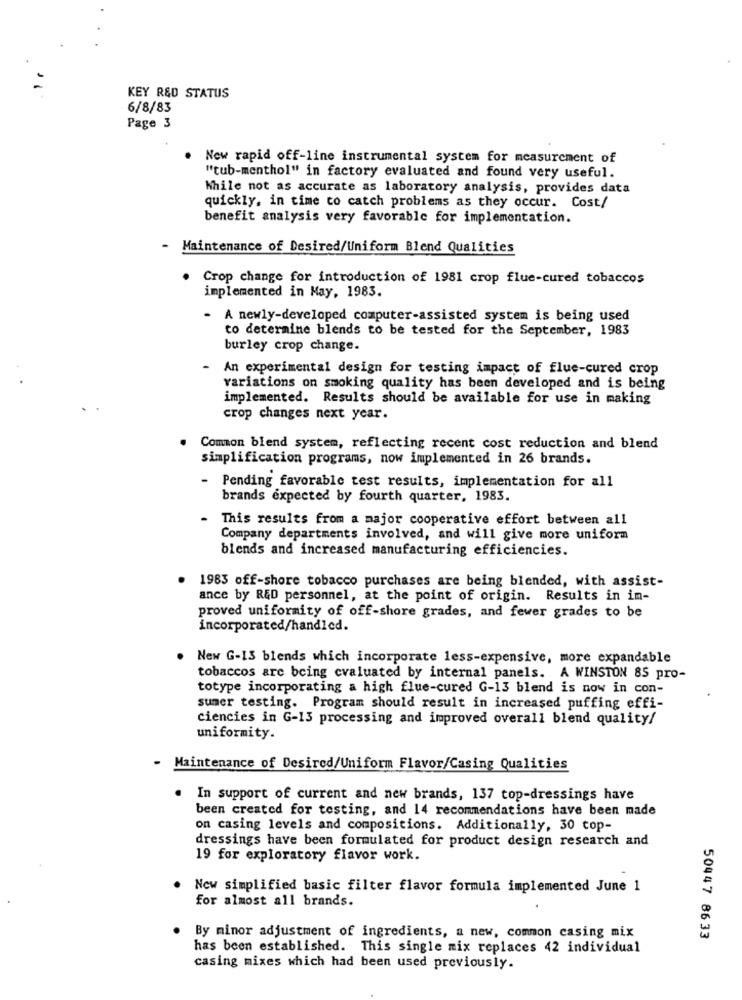
KEY R&D STATUS
6/8/83
Page 3
New rapid off-line instrumental system for measurement of
"tub-menthol" in factory evaluated and found very useful.
While not as accurate as laboratory analysis, provides data
quickly, in time to catch problems as they occur. Cost/
benefit analysis very favorable for implementation.
- Maintenance of Desired/Uniform Blend Qualities
Crop change for introduction of 1981 crop flue-cured tobaccos
implemented in May, 1983.
- A newly-developed computer-assisted system is being used
to determine blends to be tested for the September, 1983
burley crop change.
An experimental design for testing impact of flue-cured crop
variations on smoking quality has been developed and is being
implemented. Results should be available for use in making
crop changes next year.
Common blend system, reflecting recent cost reduction and blend
simplification programs, now implemented in 26 brands.
- Pending favorable test results, implementation for all
brands expected by fourth quarter, 1983.
This results from a major cooperative effort between all
Company departments involved, and will give more uniform
blends and increased manufacturing efficiencies.
1983 off-shore tobacco purchases are being blended, with assist-
ance by RED personnel, at the point of origin. Results in im-
proved uniformity of off-shore grades, and fewer grades to be
incorporated/handled.
New G-13 blends which incorporate less-expensive, more expandable
tobaccos are being cvaluated by internal panels. A WINSTON 85 pro-
totype incorporating a high flue-cured G-13 blend is now in con-
sumer testing. Program should result in increased puffing effi-
ciencies in G-13 processing and improved overall blend quality/
uniformity.
-
Maintenance of Desired/Uniform Flavor/Casing Qualities
.
In support of current and new brands, 137 top-dressings have
been created for testing, and 14 recommendations have been made
on casing levels and compositions. Additionally, 30 top-
dressings have been formulated for product design research and
19 for exploratory flavor work.
Now simplified basic filter flavor formula implemented June 1
for almost all brands.
By minor adjustment of ingredients, a new, common casing mix
50447 8633
has been established. This single mix replaces 42 individual
casing mixes which had been used previously.